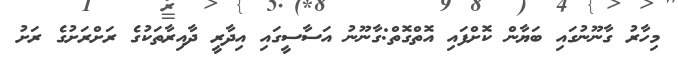
މިހާރު ގާނޫނުގައި ބަޔާން ކޮށްފައި އޮތްގޮތް:ގާނޫނު އަސާސީގައި އިދާރީ ދާއިރާތަކުގެ ރަށްރަށުގެ ރަށު